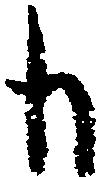
も